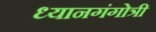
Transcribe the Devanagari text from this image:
ध्यानगंगोत्री